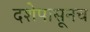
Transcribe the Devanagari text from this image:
दशेपासूनच